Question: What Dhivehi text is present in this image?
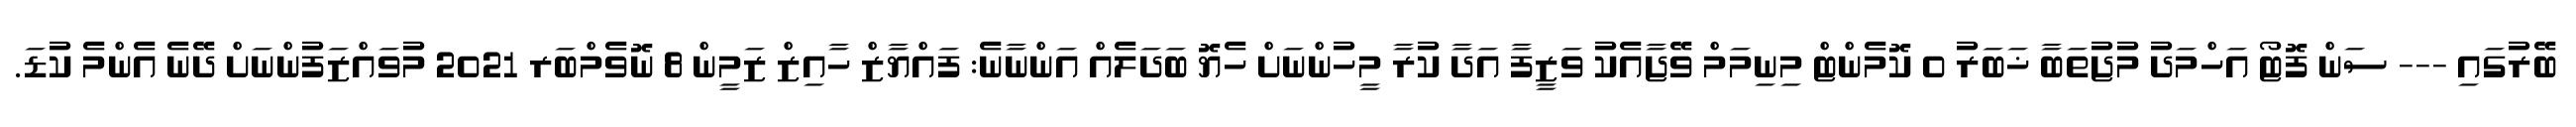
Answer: ބޭރުގައި --- ސަން ފޮޓޯ އަހްމަދު މުޖުތަބާ ޚަބަރު 0 ކޮމެންޓް މިނިމަމް ވޭޖާއެކު ވަޒީފާ އަދާ ކުރާ މީހުންނަށް ހެޔޮ ބަދަލެއް އަންނާނެ: ފައްޔާޒް ހާއިޒް ޒަމީން 8 ނޮވެމްބަރ 2021 މުވައްޒަފުންނަށް ދޭނެ އެންމެ ކުޑަ.